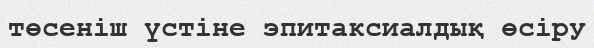
төсеніш үстіне эпитаксиалдық өсіру